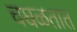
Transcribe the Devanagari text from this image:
चघळतात